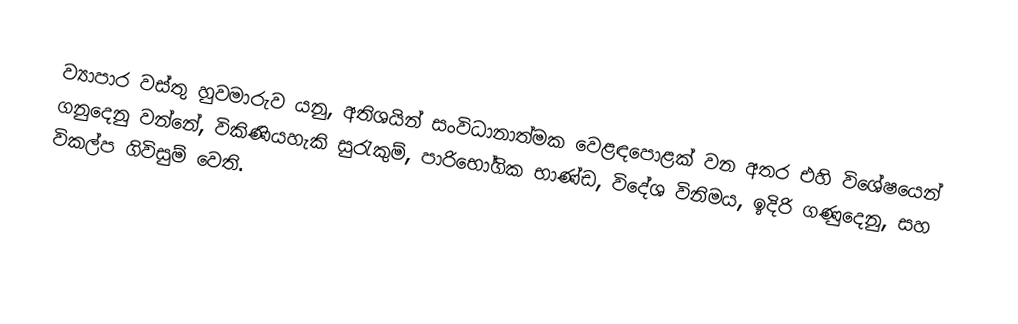
ව්‍යාපාර වස්තු හුවමාරුව යනු, අතිශයින් සංවිධානාත්මක වෙළඳපොළක් වන අතර එහි විශේෂයෙන් ගනුදෙනු වන්නේ, විකිණියහැකි සුරැකුම්, පාරිභෝගික භාණ්ඩ, විදේශ විනිමය, ඉදිරි ගණුදෙනු, සහ විකල්ප ගිවිසුම් වෙති.